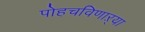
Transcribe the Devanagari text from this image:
पोहचविणाऱ्या